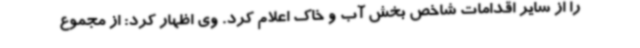
را از سایر اقدامات شاخص بخش آب و خاک اعلام کرد. وی اظهار کرد: از مجموع